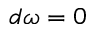
d \omega = 0